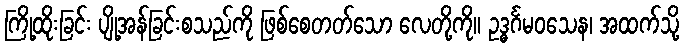
ကြို့ထိုးခြင်း ပျို့အန်ခြင်းစသည်ကို ဖြစ်စေတတ်သော လေတို့ကို။ ဥဒ္ဓင်္ဂမဝသေန၊ အထက်သို့